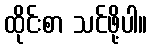
ထိုင်းစာ သင်ဖို့ပါ။